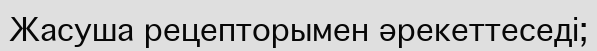
Жасуша рецепторымен әрекеттеседі;